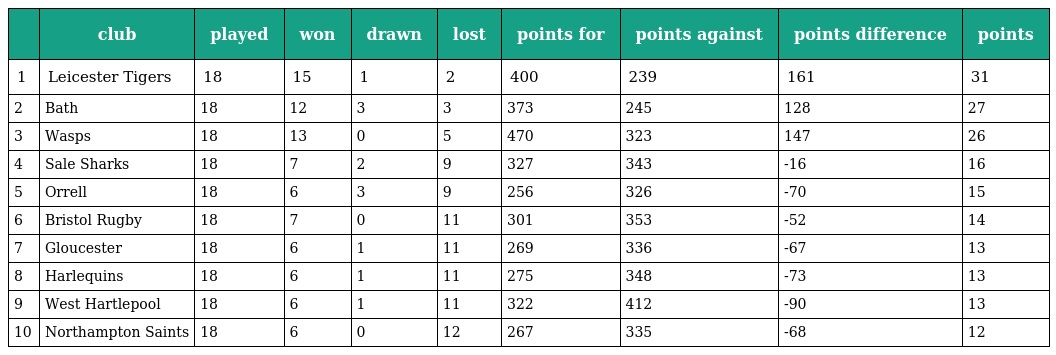
|  | club | played | won | drawn | lost | points for | points against | points difference | points |
 | --- | --- | --- | --- | --- | --- | --- | --- | --- | --- |
 | 1 | Leicester Tigers | 18 | 15 | 1 | 2 | 400 | 239 | 161 | 31 |
 | 2 | Bath | 18 | 12 | 3 | 3 | 373 | 245 | 128 | 27 |
 | 3 | Wasps | 18 | 13 | 0 | 5 | 470 | 323 | 147 | 26 |
 | 4 | Sale Sharks | 18 | 7 | 2 | 9 | 327 | 343 | -16 | 16 |
 | 5 | Orrell | 18 | 6 | 3 | 9 | 256 | 326 | -70 | 15 |
 | 6 | Bristol Rugby | 18 | 7 | 0 | 11 | 301 | 353 | -52 | 14 |
 | 7 | Gloucester | 18 | 6 | 1 | 11 | 269 | 336 | -67 | 13 |
 | 8 | Harlequins | 18 | 6 | 1 | 11 | 275 | 348 | -73 | 13 |
 | 9 | West Hartlepool | 18 | 6 | 1 | 11 | 322 | 412 | -90 | 13 |
 | 10 | Northampton Saints | 18 | 6 | 0 | 12 | 267 | 335 | -68 | 12 |